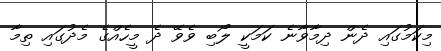
މިކަމުގައި ދެން ދިމާވާނެ ކަމަކީ ލޯބި ވެވޭ ދެ މީހެއްގެ މެދުގައި ތިމާ